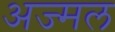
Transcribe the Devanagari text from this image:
अज्मल